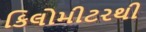
કિલોમીટરથી